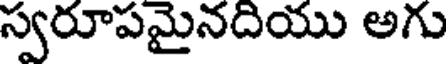
స్వరూపమైనదియు అగు